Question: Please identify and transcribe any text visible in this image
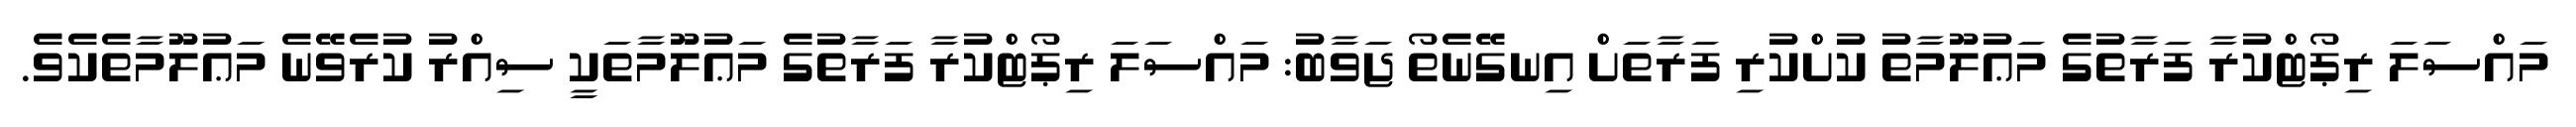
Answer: މައްސަލަ ރިޕޯޓްކުރާ ފަރާތުގެ މަޢުލޫމާތު ކުށްކުރި ފަރާތަށް އިނގޭނެތޯ ޖަވާބު: މައްސަލަ ރިޕޯޓްކުރާ ފަރާތުގެ މަޢުލޫމާތަކީ ސިއްރު ކުރެވޭނެ މަޢުލޫމާތެކެވެ.